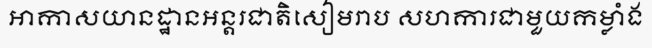
អាកាសយានដ្ឋានអន្តរជាតិសៀមរាប សហការជាមួយកម្លាំង